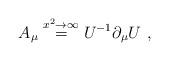
LaTeX: \begin{align*}A_\mu \stackrel{x^2\rightarrow \infty}{=} U^{-1} \partial_\mu U \ ,\end{align*}